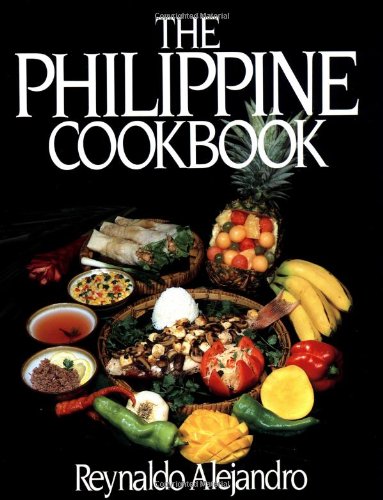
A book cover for The Philippine Cookbook; Reynaldo Alejandro; Cookbooks, Food & Wine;